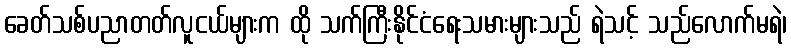
ခေတ်သစ်ပညာတတ်လူငယ်များက ထို သက်ကြီးနိုင်ငံရေးသမားများသည် ရဲသင့် သည်လောက်မရဲ၊